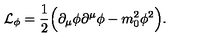
{ \cal L } _ { \phi } = \frac { 1 } { 2 } \Bigl ( \partial _ { \mu } \phi \partial ^ { \mu } \phi - m _ { 0 } ^ { 2 } \phi ^ { 2 } \Bigr ) .